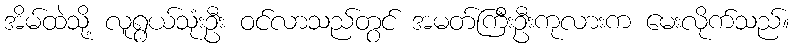
အိမ်ထဲသို့ လူရွယ်သုံးဦး ဝင်လာသည်တွင် အမတ်ကြီးဦးကုလားက မေးလိုက်သည်။